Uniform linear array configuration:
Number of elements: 64
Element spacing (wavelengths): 0.5
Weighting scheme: kaiser
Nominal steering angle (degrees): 15
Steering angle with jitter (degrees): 15.198
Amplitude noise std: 0.05
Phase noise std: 0.05

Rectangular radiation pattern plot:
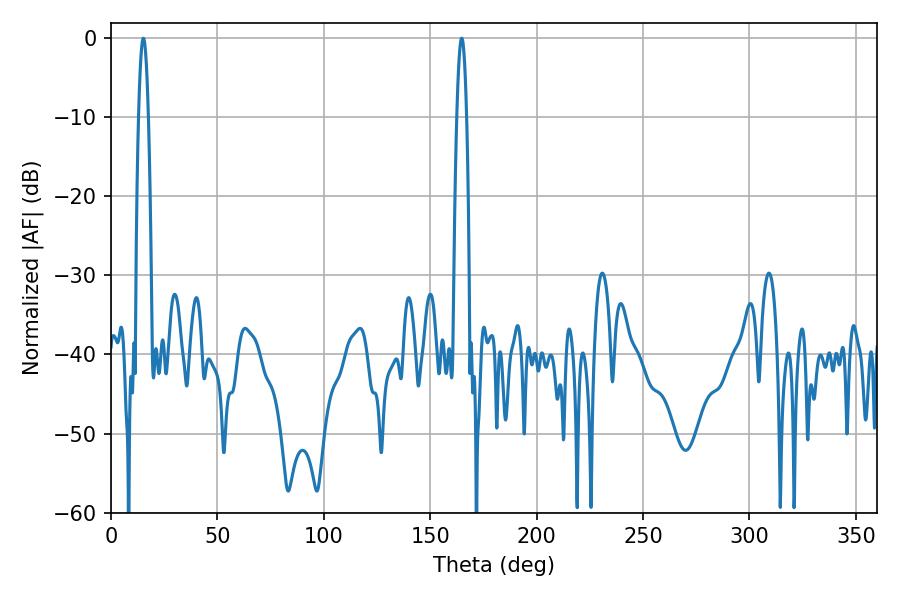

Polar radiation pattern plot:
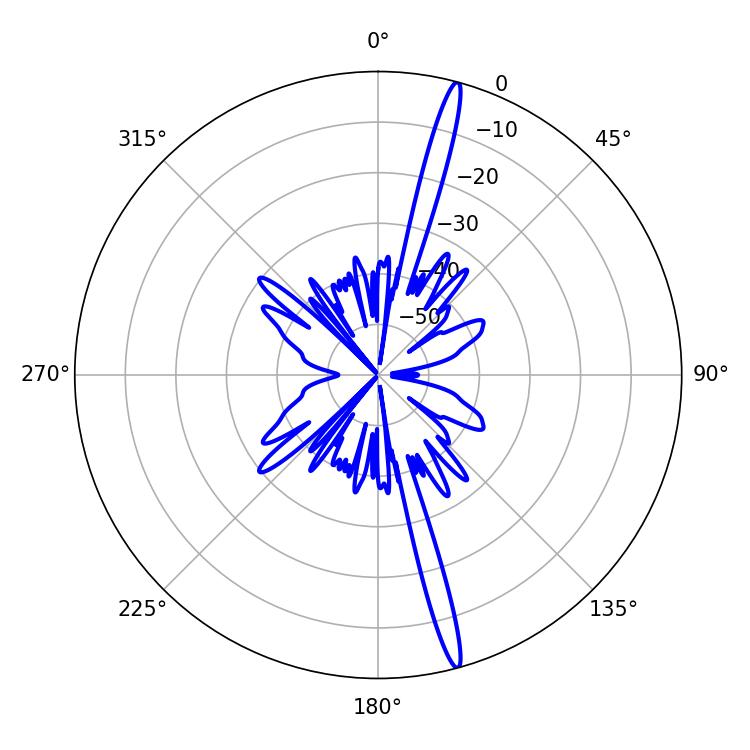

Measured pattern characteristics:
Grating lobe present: FALSE
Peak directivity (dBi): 18.984
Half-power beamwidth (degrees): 2.34
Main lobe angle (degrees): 164.88